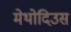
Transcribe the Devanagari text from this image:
मेथोदिउस